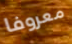
معروفا